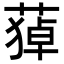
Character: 𦹫